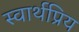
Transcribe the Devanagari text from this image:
स्वार्थप्रिय